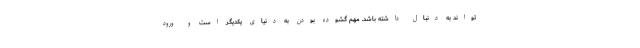
تواند به دنبال داشته باشد. مهم گشوده بودن به دنیای یکدیگر است و ورود